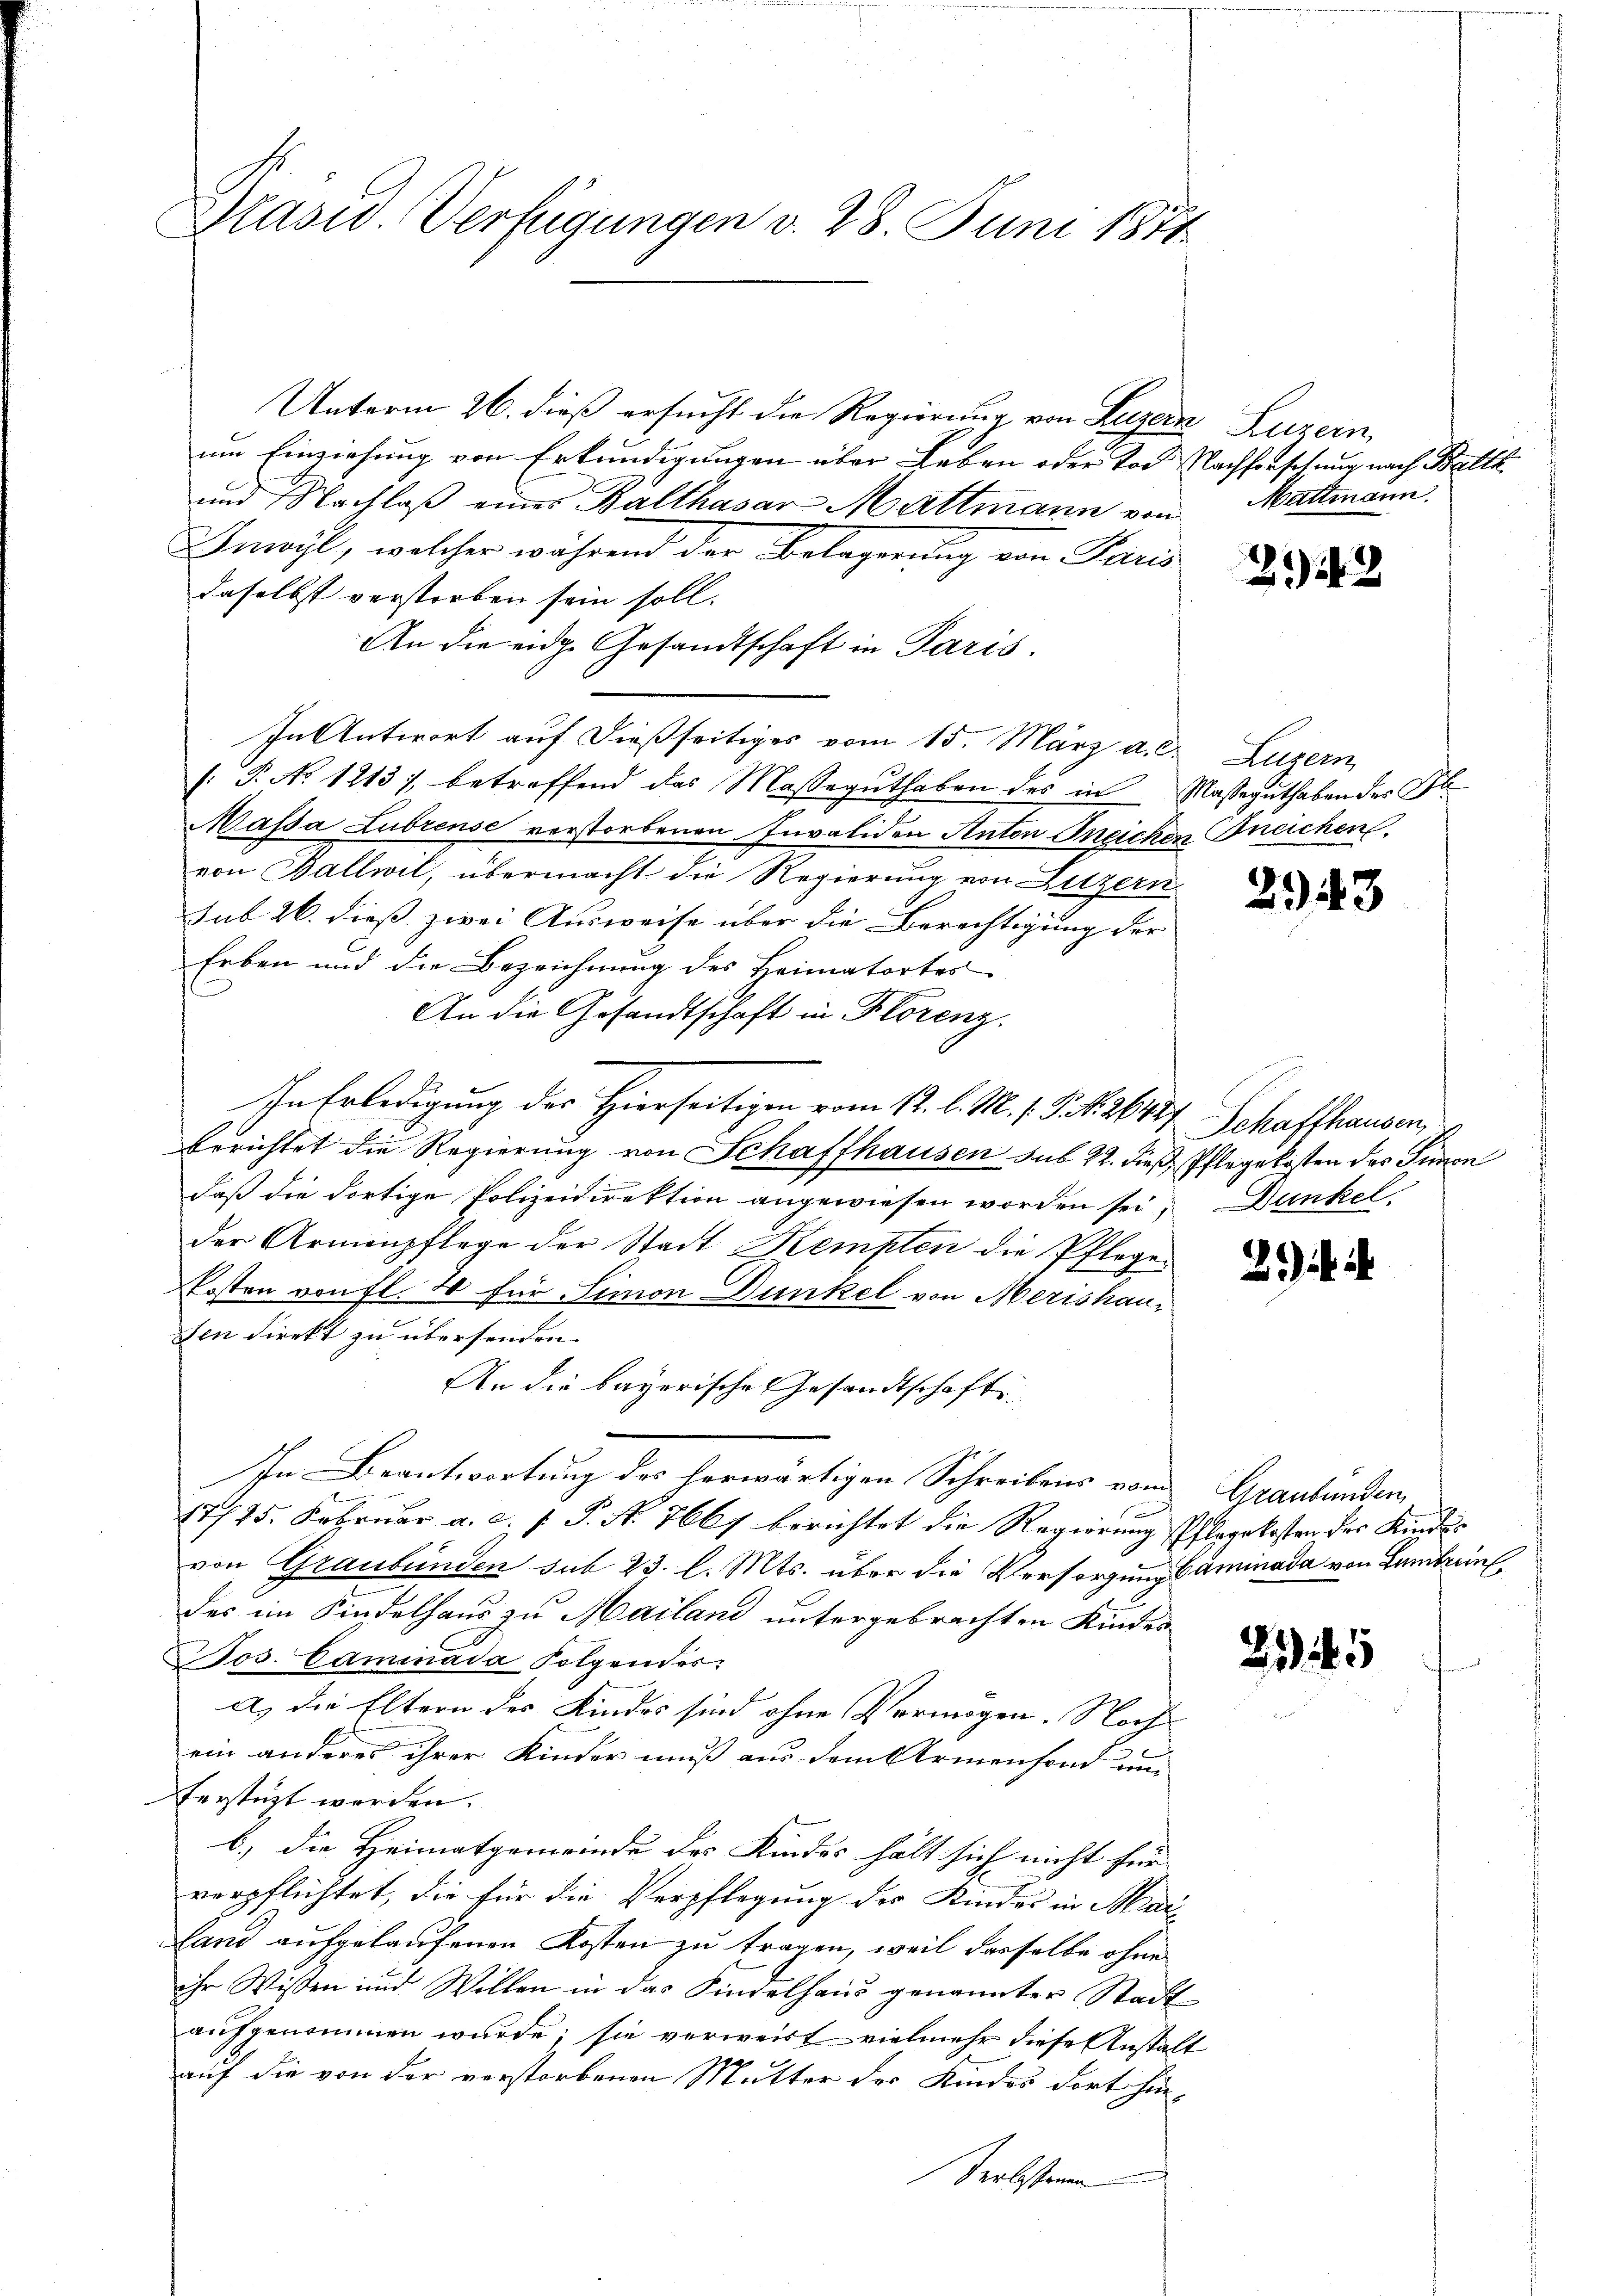
Präsid. Verfügungen v. 28. Juni 1871.

Unterm 26. dieß ersucht die Regierung von Luzern Luzern,
um Einziehung von Erkundigungen über Leben oder Tod Nachforschung nach Bal¬
und Nachlaß eines Balthasar Mattmann von Mattmann.
Inwyl, welcher während der Belagerung von Paris
daselbst verstorben sein soll.
An die eidg. Gesandtschaft in Paris.
In Antwort auf dießseitiges vom 15. März a. c.
: P. No 1213), betreffend das Masseguthaben des in Masseguthaben des H
Massa Lubrense verstorbenen Invaliden Anton Ineichen neichen.
von Ballwil, übermacht die Regierung von Letzern
sub 26. dieß zwei Ausweise über die Berechtigung der
Erben und die Bezeichnung des Heimatortes
An die Gesandtschaft in Florenz.
In Erledigung des Hierseitigen vom 12. l. M. h. T. N. 267 Schaffhausen,
berichtet die Regierung von Schaffhausen sub 22. dieß Pflegekosten des Simon
daß die dortige Polizeidirektion angewiesen worden sei; Dunkel
der Armenpflege der Stadt Kempten die Pflegen
kosten von fl. 4 für Simon Dunkel von Merishauden direkt zu übersenden.
An die bayerische Gesandtschaft
In Beantwortung des herwärtigen Schreibens vom Graubünden,
17/25. Februar a. c. f. P. N. 7667 berichtet die Regierung Pflegekosten der Kindes
von Graubünden sub 23. l. Mts. über die Versorgungsaminada von Lambrun
des im Kindelhaus zu Mailand untergebrachten Kindes
Jos. Caminada Folgendes:
a) die Eltern des Kindes sind ohne Vermögen. Noch
ein anderer ihrer Kinder muß aus dem Armenfond um
ferstüzt werden.
b.) die Heimatgemeinde des Kindes hält sich nicht für |
verpflichtet, die für die Verpflegung des Kindes in Mai-
land aufgelaufenen Kosten zu tragen, weil dasselbe ohne
ihr Wissen und Willen in das Kindelhaus genannter Stadt
aufgenommen wurde; sie verweist vielmehr diese Anstalt
auf die von der verstorbenen Mutter der Kindes dort hin-
Verbstenen

242

Luzern,

2943

2.)

25

¬

1